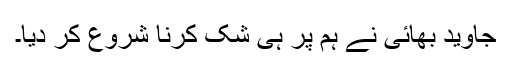
جاوید بھائی نے ہم پر ہی شک کرنا شروع کر دیا۔